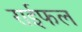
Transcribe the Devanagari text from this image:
राईफल